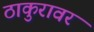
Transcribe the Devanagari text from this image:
ठाकुरावर